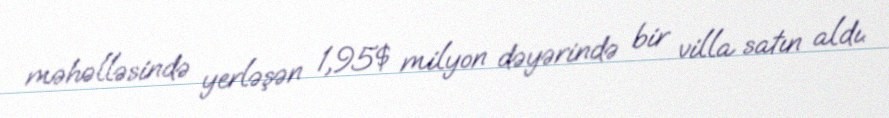
məhəlləsində yerləşən 1,95$ milyon dəyərində bir villa satın aldı.